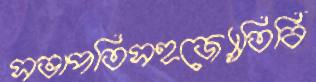
সভাপতিসহজ্যোতির্বি